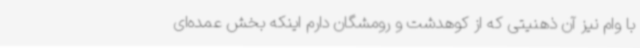
با وام نیز آن ذهنیتی که از کوهدشت و رومشگان دارم اینکه بخش عمده‌ای